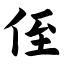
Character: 侄